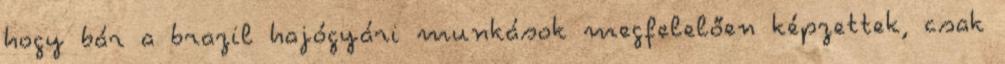
hogy bár a brazil hajógyári munkások megfelelően képzettek, csak